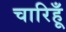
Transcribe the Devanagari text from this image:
चारिहूँ